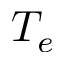
T _ { e }